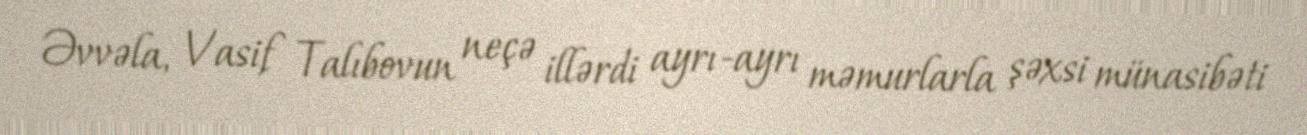
Əvvəla, Vasif Talıbovun neçə illərdi ayrı-ayrı məmurlarla şəxsi münasibəti